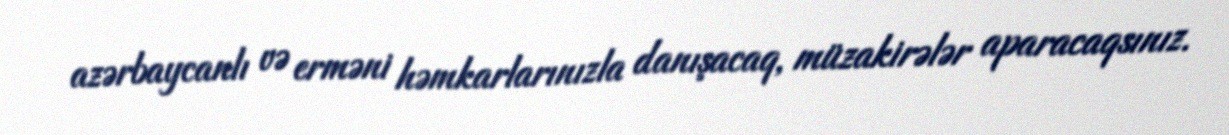
azərbaycanlı və erməni həmkarlarınızla danışacaq, müzakirələr aparacaqsınız.